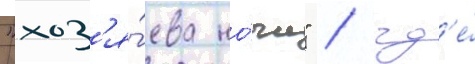
"хоз'я́ева но́чи" / гд'е́